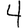
Digit: 4